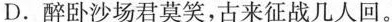
D.醉卧沙场君莫笑，古来征战几人回。